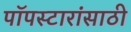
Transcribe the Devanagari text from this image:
पॉपस्टारांसाठी